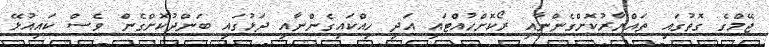
ޖޭމްގެ ގޮތުގައި ތައްޔާރުކޮށްގެންނާއި ރޯކޮށްހުއްޓައި އަދި ހިއްކައިގެންނާއި ދަޅުގައި ބަންދުކޮށްގެން ވެސް ކައިއުޅޭ